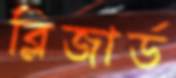
ব্লিজার্ড